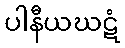
ပါနီယဃဋံ